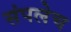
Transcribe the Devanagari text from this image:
संपलेच